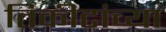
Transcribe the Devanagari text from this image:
तिकीटांच्या